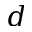
d